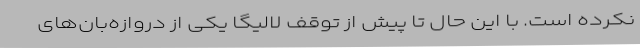
نکرده است. با این حال تا پیش از توقف لالیگا یکی از دروازه‌بان‌های